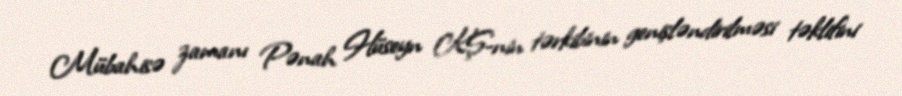
Mübahisə zamanı Pənah Hüseyn KŞ-nin tərkibinin genişləndirilməsi təklifini